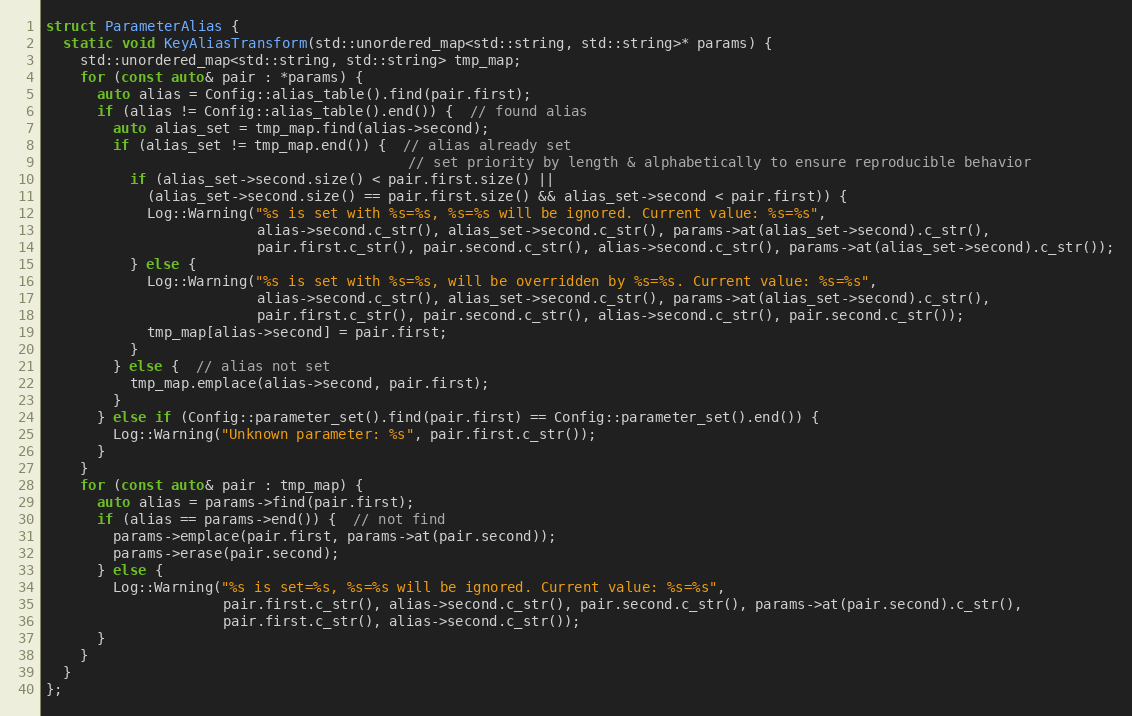
Language: C
struct ParameterAlias {
  static void KeyAliasTransform(std::unordered_map<std::string, std::string>* params) {
    std::unordered_map<std::string, std::string> tmp_map;
    for (const auto& pair : *params) {
      auto alias = Config::alias_table().find(pair.first);
      if (alias != Config::alias_table().end()) {  // found alias
        auto alias_set = tmp_map.find(alias->second);
        if (alias_set != tmp_map.end()) {  // alias already set
                                           // set priority by length & alphabetically to ensure reproducible behavior
          if (alias_set->second.size() < pair.first.size() ||
            (alias_set->second.size() == pair.first.size() && alias_set->second < pair.first)) {
            Log::Warning("%s is set with %s=%s, %s=%s will be ignored. Current value: %s=%s",
                         alias->second.c_str(), alias_set->second.c_str(), params->at(alias_set->second).c_str(),
                         pair.first.c_str(), pair.second.c_str(), alias->second.c_str(), params->at(alias_set->second).c_str());
          } else {
            Log::Warning("%s is set with %s=%s, will be overridden by %s=%s. Current value: %s=%s",
                         alias->second.c_str(), alias_set->second.c_str(), params->at(alias_set->second).c_str(),
                         pair.first.c_str(), pair.second.c_str(), alias->second.c_str(), pair.second.c_str());
            tmp_map[alias->second] = pair.first;
          }
        } else {  // alias not set
          tmp_map.emplace(alias->second, pair.first);
        }
      } else if (Config::parameter_set().find(pair.first) == Config::parameter_set().end()) {
        Log::Warning("Unknown parameter: %s", pair.first.c_str());
      }
    }
    for (const auto& pair : tmp_map) {
      auto alias = params->find(pair.first);
      if (alias == params->end()) {  // not find
        params->emplace(pair.first, params->at(pair.second));
        params->erase(pair.second);
      } else {
        Log::Warning("%s is set=%s, %s=%s will be ignored. Current value: %s=%s",
                     pair.first.c_str(), alias->second.c_str(), pair.second.c_str(), params->at(pair.second).c_str(),
                     pair.first.c_str(), alias->second.c_str());
      }
    }
  }
};